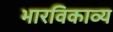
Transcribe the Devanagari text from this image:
भारविकाव्य